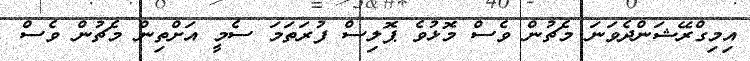
އިމިގްރޭޝަންދެވަނަ މެޗުން ވެސް މޮޅުވެ ޕޮލިސް ފުރަތަމަ ސެމީ އަށްތިން މެޗުން ވެސް